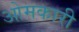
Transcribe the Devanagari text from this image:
ओमकारी